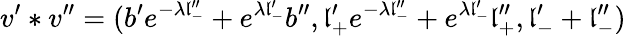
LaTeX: v^{\prime}*v^{\prime\prime}=(b^{\prime}e^{-\lambda\mathfrak{l}_{-}^{\prime\prime}}+e^{\lambda\mathfrak{l}_{-}^{\prime}}b^{\prime\prime},\mathfrak{l}_{+}^{\prime}e^{-\lambda\mathfrak{l}_{-}^{\prime\prime}}+e^{\lambda\mathfrak{l}_{-}^{\prime}}\mathfrak{l}_{+}^{\prime\prime},\mathfrak{l}_{-}^{\prime}+\mathfrak{l}_{-}^{\prime\prime})